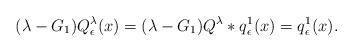
LaTeX: \begin{align*} (\lambda - G_1 ) Q^{\lambda}_{\epsilon}(x)= (\lambda - G_1 ) Q^{\lambda}*q_{\epsilon}^{1}(x) = q_{\epsilon}^{1}(x). \end{align*}